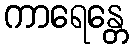
ကာရေန္တေ